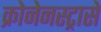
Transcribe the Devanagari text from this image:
क्रोनेनस्ट्रासे